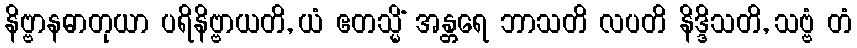
နိဗ္ဗာနဓာတုယာ ပရိနိဗ္ဗာယတိ, ယံ ဧတသ္မိံ အန္တရေ ဘာသတိ လပတိ နိဒ္ဒိသတိ, သဗ္ဗံ တံ